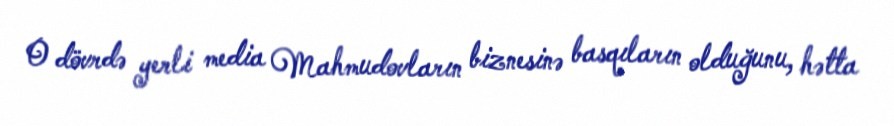
O dövrdə yerli media Mahmudovların biznesinə basqıların olduğunu, hətta